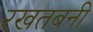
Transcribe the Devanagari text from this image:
रखतबनी